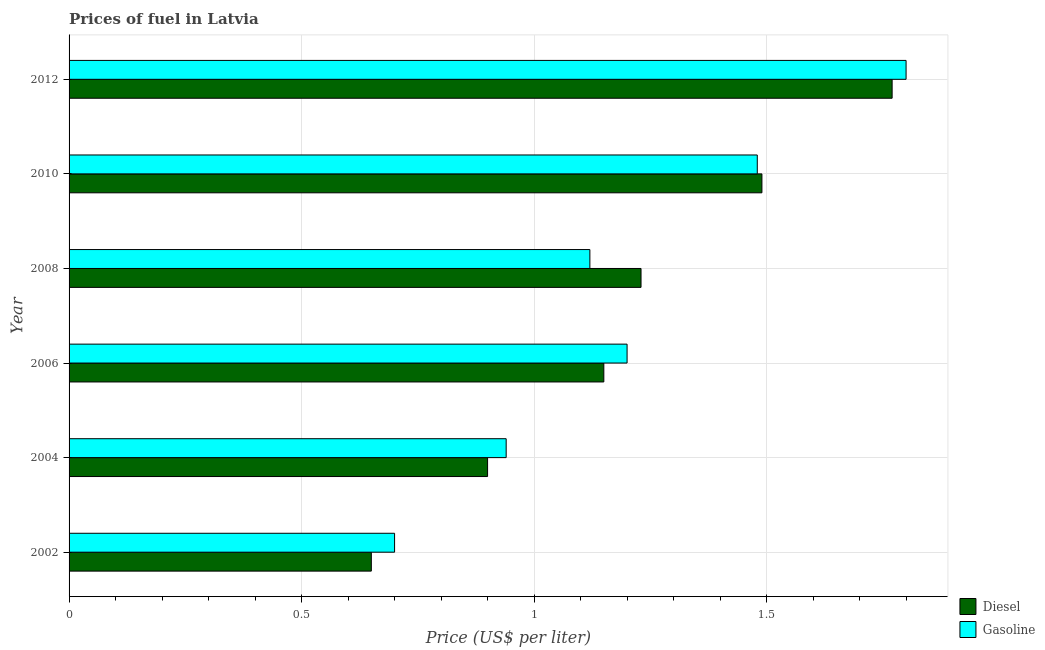
| Year | Diesel | Gasoline |
 | --- | --- | --- |
 | 2002 | 0.65 | 0.7 |
 | 2004 | 0.9 | 0.94 |
 | 2006 | 1.15 | 1.2 |
 | 2008 | 1.23 | 1.12 |
 | 2010 | 1.49 | 1.48 |
 | 2012 | 1.77 | 1.8 |